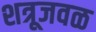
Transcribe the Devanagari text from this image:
शत्रूजवळ